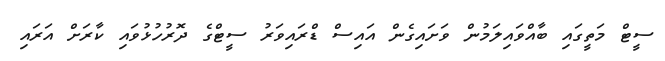
ސީޓް މަތީގައި ބާއްވައިލަމުން ވަށައިގެން އައިސް ޑްރައިވަރު ސީޓްގެ ދޮރުހުޅުވައި ކާރަށް އަރައި